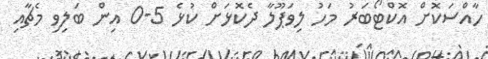
ހާއްސަކޮށް އޮކްޓޯބަރު މަހު ލިވަޕޫލާ ދެކޮޅަށް ކުޅެ 5-0 އިން ބަލިވި މެޗާއި